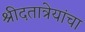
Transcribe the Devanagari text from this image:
श्रीदतात्रेयांचा